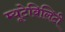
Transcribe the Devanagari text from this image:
म्यूटेबिलिटी